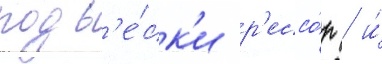
подв'е́ск'и р'ессо́р / и́